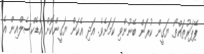
ޕޭޕަރުތައްތޯ ޔަގީން ކުރަން ބޭނުންވި ކަަމަށެވެ. އަދި އެކަން ޔަގީންކޮށް އެޑެކްސެލްއިން އެ